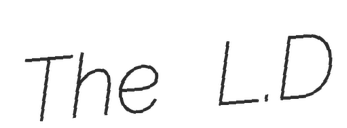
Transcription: The L.D